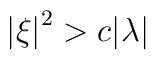
\left|\xi\right|^2>c|\lambda|